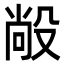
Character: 㲂